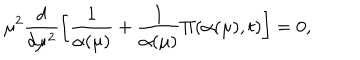
\mu ^ { 2 } \frac { d } { d \mu ^ { 2 } } \left[ \frac { 1 } { \alpha ( \mu ) } + \frac { 1 } { \alpha ( \mu ) } \Pi ( \alpha ( \mu ) , t ) \right] = 0 ,